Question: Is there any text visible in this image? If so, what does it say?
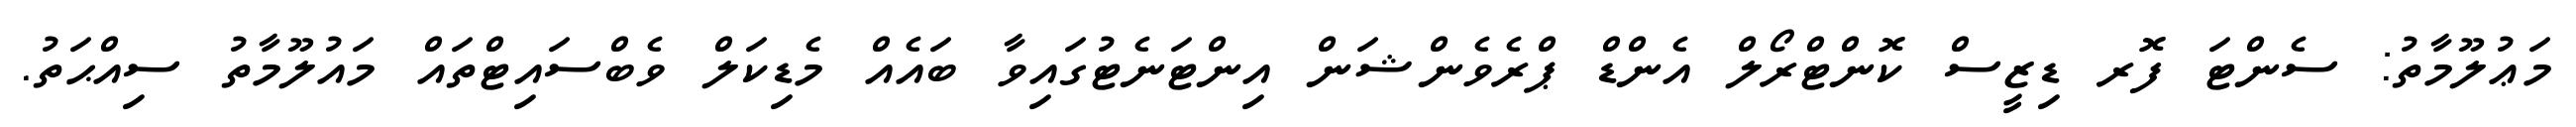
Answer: މަޢުލޫމާތު: ސެންޓަ ފޮރ ޑިޒީސް ކޮންޓްރޯލް އެންޑް ޕްރެވެންޝަން އިންޓަނެޓުގައިވާ ބައެއް މެޑިކަލް ވެބްސައިޓްތައް މައުލޫމާތު ސިއްޙަތު.